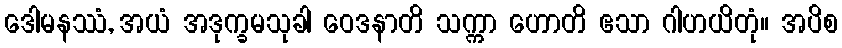
ဒေါမနဿံ, အယံ အဒုက္ခမသုခါ ဝေဒနာတိ သက္ကာ ဟောတိ ဧသာ ဂါဟယိတုံ။ အပိစ